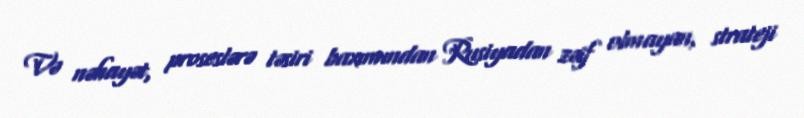
Və nəhayət, proseslərə təsiri baxımından Rusiyadan zəif olmayan, strateji